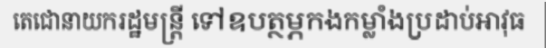
តេជោនាយករដ្ឋមន្ត្រី ទៅឧបត្ថម្ភកងកម្លាំងប្រដាប់អាវុធ